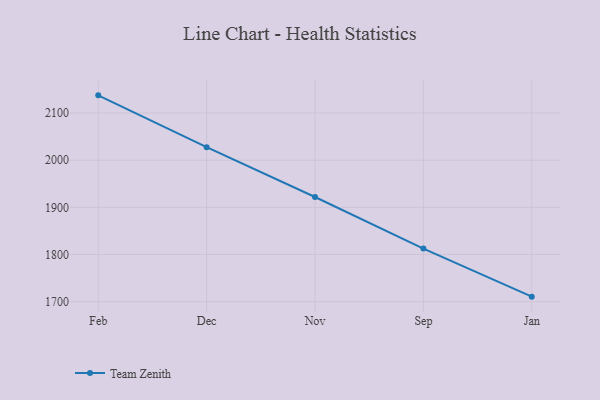
{"axis": {"x": "Month", "y": "Population (Million)"}, "legend": ["Team Zenith"], "data": [{"x": "Feb", "y": 2137.6, "type": "Team Zenith"}, {"x": "Dec", "y": 2027.7, "type": "Team Zenith"}, {"x": "Nov", "y": 1922.1, "type": "Team Zenith"}, {"x": "Sep", "y": 1812.6, "type": "Team Zenith"}, {"x": "Jan", "y": 1710.7, "type": "Team Zenith"}]}